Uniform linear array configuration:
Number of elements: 8
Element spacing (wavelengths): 1
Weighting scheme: kaiser
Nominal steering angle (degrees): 0
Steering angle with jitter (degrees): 1.662
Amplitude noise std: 0.05
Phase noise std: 0.05

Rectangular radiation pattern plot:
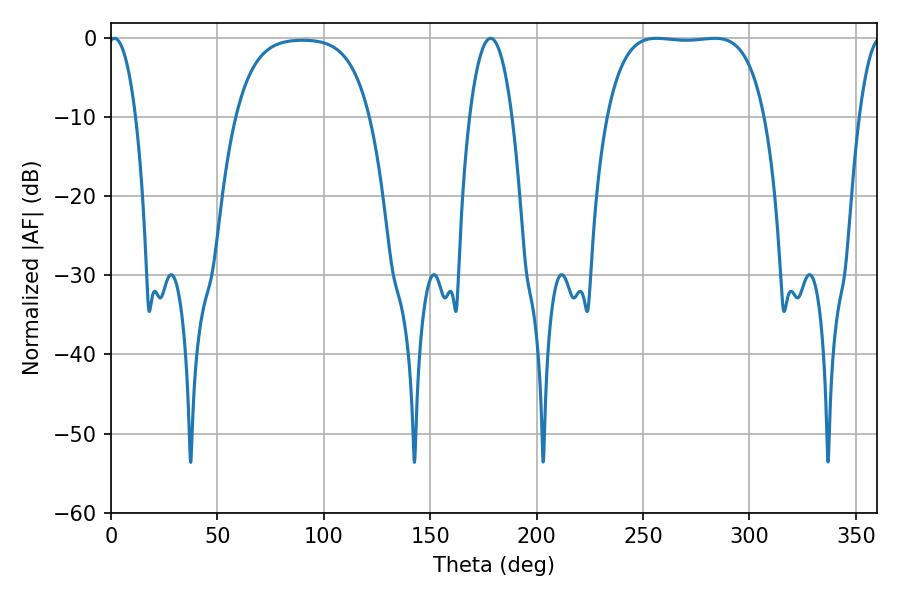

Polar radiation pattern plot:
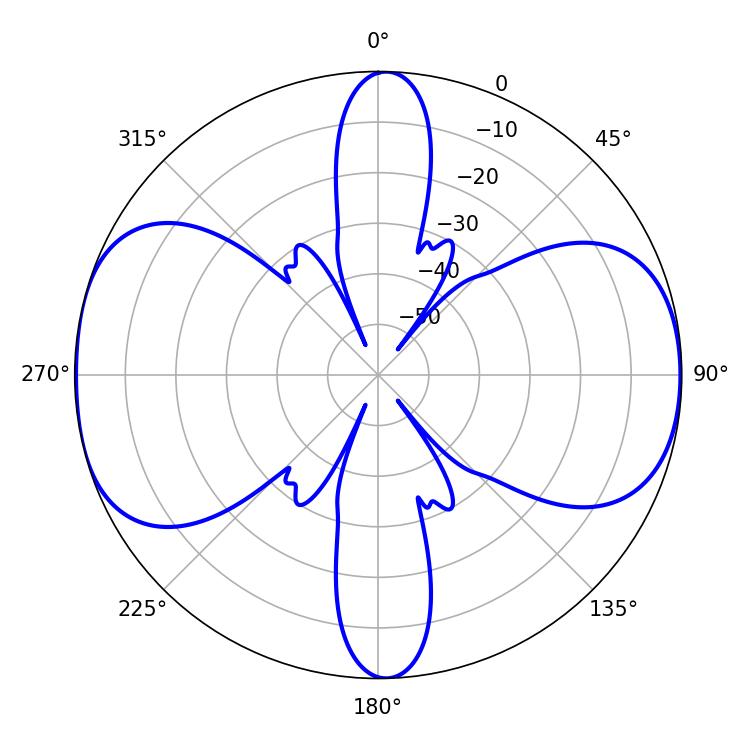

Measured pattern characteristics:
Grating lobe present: TRUE
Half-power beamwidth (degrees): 57.96
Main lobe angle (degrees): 256.32